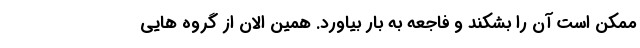
ممکن است آن را بشکند و فاجعه به بار بیاورد. همین الان از گروه هایی